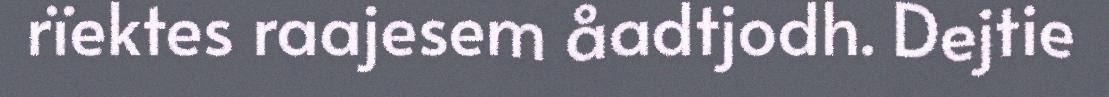
rïektes raajesem åadtjodh. Dejtie